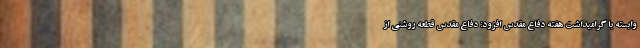
وابسته با گرامیداشت هفته دفاع مقدس افزود: دفاع مقدس قطعه روشنی از